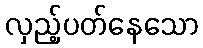
လှည့်ပတ်နေသော